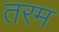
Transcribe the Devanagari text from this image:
तरम